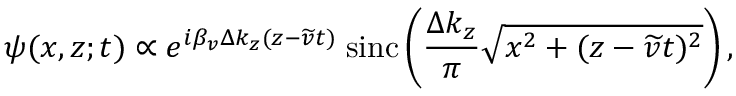
\psi ( x , z ; t ) \propto e ^ { i \beta _ { v } \Delta k _ { z } ( z - \widetilde { v } t ) } \; \mathrm { s i n c } \left( \frac { \Delta k _ { z } } { \pi } \sqrt { x ^ { 2 } + ( z - \widetilde { v } t ) ^ { 2 } } \right) ,